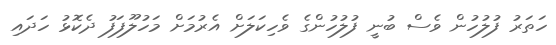
ހަތަރު ފުލުހުން ވެސް ބުނީ ފުލުހުންގެ ވެހިކަލަށް އެރުމަށް މަހުލޫފަފު ދެކޮޅު ހަދައި